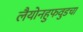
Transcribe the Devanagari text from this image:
लैयोनहुफवुडचा